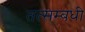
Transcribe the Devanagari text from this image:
तत्सम्बधी